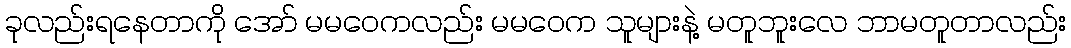
ခုလည်းရနေတာကို အော် မမဝေကလည်း မမဝေက သူများနဲ့ မတူဘူးလေ ဘာမတူတာလည်း